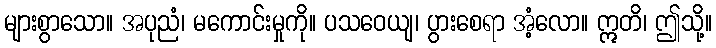
များစွာသော။ အပုညံ၊ မကောင်းမှုကို။ ပသဝေယျ၊ ပွားစေရာ အံ့လော။ ဣတိ၊ ဤသို့။